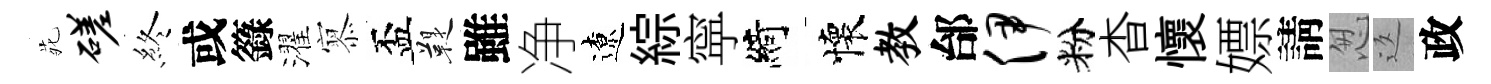
𫟍磋終或籙濯𡪹盃鞮雖净遼綜寜綺懷教邰伊粉杳懷嫖請怱返政